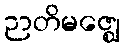
ဉာတိမဇ္ဈေ